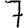
Digit: 7